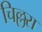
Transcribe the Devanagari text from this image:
चिल्लरा